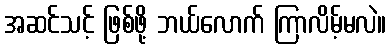
အဆင်သင့် ဖြစ်ဖို့ ဘယ်လောက် ကြာလိမ့်မလဲ။